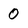
Character: 0